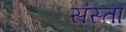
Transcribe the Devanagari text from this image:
संस्ता